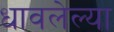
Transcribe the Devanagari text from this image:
धावलेल्या